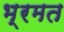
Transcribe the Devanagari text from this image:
भ्रमत